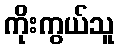
ကိုးကွယ်သူ